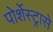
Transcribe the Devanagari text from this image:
पोर्शेस्ट्रासे